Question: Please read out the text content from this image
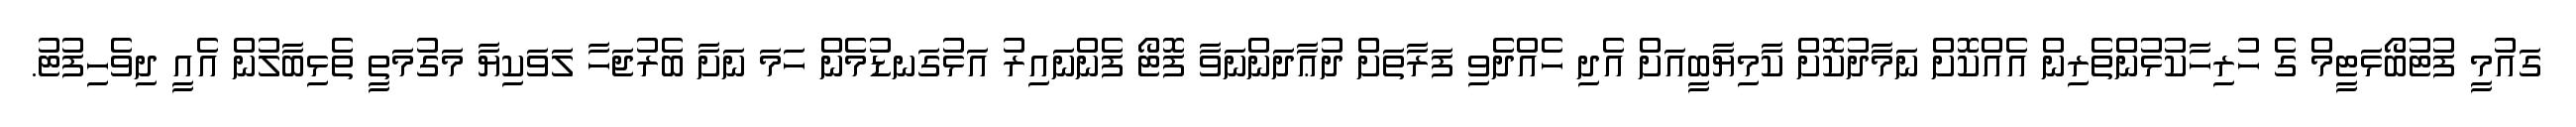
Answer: ގައުމީ ފުޓުބޯޅަޓީމް ގެ ހުރިހާކުޅުންތެރިން އެއްކޮށް ނަމާދުކޮށް ކާމިޔާބީއަށް އެދި ހެއްދެވި ފަރާތަށް ދުޢާދަންނަވާ ފޮޓޯ ފެންނައިރު އަޅުގަނޑުމެން ހަމަ ނަށާ ބެރުޖަހާ ލަވަކިޔާ މަގުމަތީ ތެޅިބާލުން އެއީ ދިވެހިފުޓު.